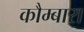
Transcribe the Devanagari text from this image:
कौम्बारा